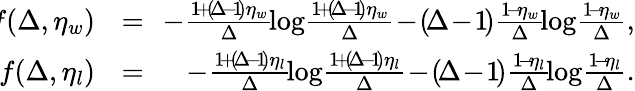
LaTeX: \begin{array}{rlr}{\! \! f(\Delta,\eta_{w})\! \! }&{{}=}&{\! \! -\frac{1\! +\! (\! \Delta\! -\! 1\! )\eta_{w}}{\Delta}\! \log\! \frac{1\! +\! (\! \Delta\! -\! 1\! )\eta_{w}}{\Delta}\! -\! (\! \Delta\! -\! 1\! )\frac{1\! -\! \eta_{w}}{\Delta}\! \log\! \frac{1\! -\! \eta_{w}}{\Delta},}\\ {\! \! f(\Delta,\eta_{l})\! \! }&{{}=}&{\! \! -\frac{1\! +\! (\! \Delta\! -\! 1\! )\eta_{l}}{\Delta}\! \log\! \frac{1\! +\! (\! \Delta\! -\! 1\! )\eta_{l}}{\Delta}\! -\! (\! \Delta\! -\! 1\! )\frac{1\! -\! \eta_{l}}{\Delta}\! \log\! \frac{1\! -\! \eta_{l}}{\Delta}.}\end{array}